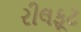
રીલફૂટ